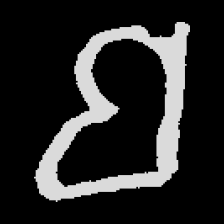
Pyu character \u2014 Myanmar letter: ဗ (romanized: ba)